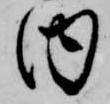
内